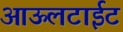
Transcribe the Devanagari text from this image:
आऊलटाईट